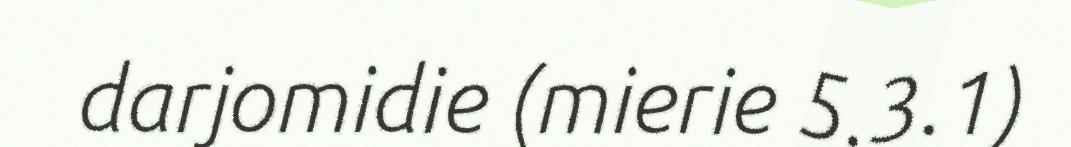
darjomidie (mierie 5.3.1)